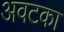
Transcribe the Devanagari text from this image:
अवटका